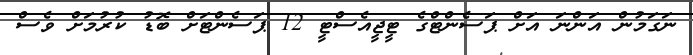
ނަގަމުން އަންނަ އަށް ޕަސެންޓްގެ ޓީޖީއެސްޓީ 12 ޕަސެންޓަށް ބޮޑު ކުރުމަށް ވެސް